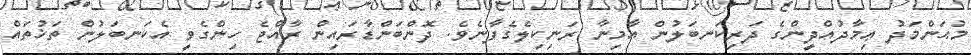
މުޙަންމަދު ޢިމާދުއްދީންގެ ދަރިކަނބަލުން އާމިނާ ރަނިކިލެގެފާނެވެ. ދޮންބަންޑާރައިން ރާއްޖެ ހިންގެވީ އެކަނބަލުން ތަޚުތައް